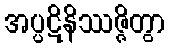
အပ္ပဋိနိဿဇ္ဇိတွာ